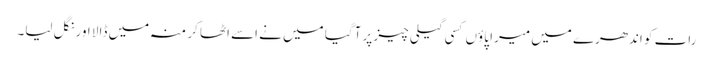
رات کو اندھرے میں میرا پاوٴں کسی گیلی چیز پر آگیا میں نے اسے اٹھا کر منہ میں ڈالا اور نگل لیا۔